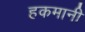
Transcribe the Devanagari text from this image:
हकमानी